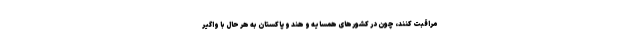
مراقبت کنند، چون در کشورهای همسایه و هند و پاکستان به هر حال با واگیر